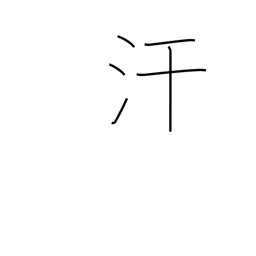
Meaning: perspire